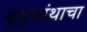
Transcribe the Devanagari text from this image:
बृहत्ग्रंथाचा